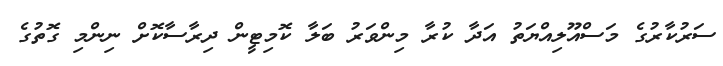
ސަރުކާރުގެ މަސްއޫލިއްޔަތު އަދާ ކުރާ މިންވަރު ބަލާ ކޮމިޓީން ދިރާސާކޮށް ނިންމި ގޮތުގެ